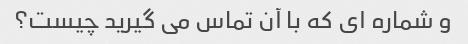
و شماره ای که با آن تماس می گیرید چیست؟